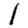
Digit: 1